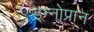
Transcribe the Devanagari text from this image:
इन्नोप्रान